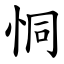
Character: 恫